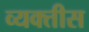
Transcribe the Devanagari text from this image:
व्‍यक्तीस